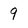
Character: 9